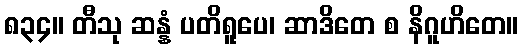
၈၃၄။ တီသု ဆန္နံ ပတိရူပေ၊ ဆာဒိတေ စ နိဂူဟိတေ။